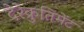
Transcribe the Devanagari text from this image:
देरेक्रुतिमेंट